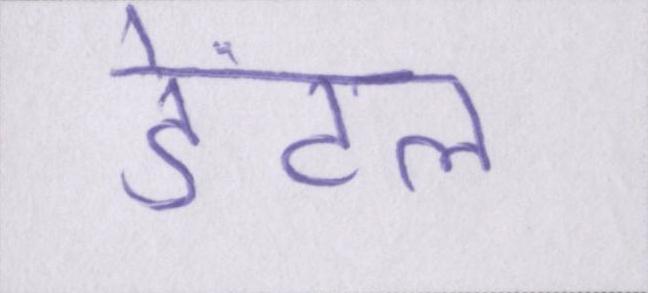
डेंटल